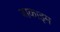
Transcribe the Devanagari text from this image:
बाकाइम